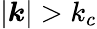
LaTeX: |{\boldsymbol k}|>k_{c}